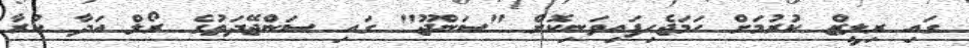
ގައި ރިލީޒް ކުރުމަށް ހަމަޖެހިފައިވަނިކޮށް "ސަންޖޫ" ގައި ސަންޖޭދަތުގެ ރޯލް އަދާ ކުރާ